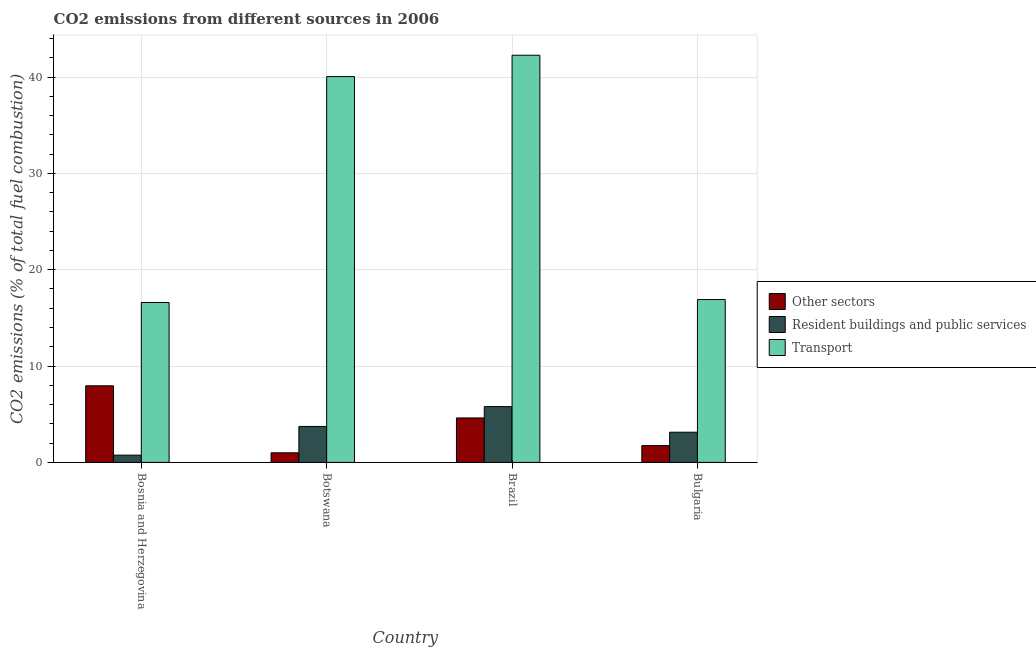
| Country | Other sectors | Resident buildings and public services | Transport |
 | --- | --- | --- | --- |
 | Bosnia and Herzegovina | 7.95 | 0.754 | 16.6 |
 | Botswana | 0.995 | 3.73 | 40 |
 | Brazil | 4.61 | 5.79 | 42.3 |
 | Bulgaria | 1.75 | 3.13 | 16.9 |